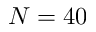
N = 4 0